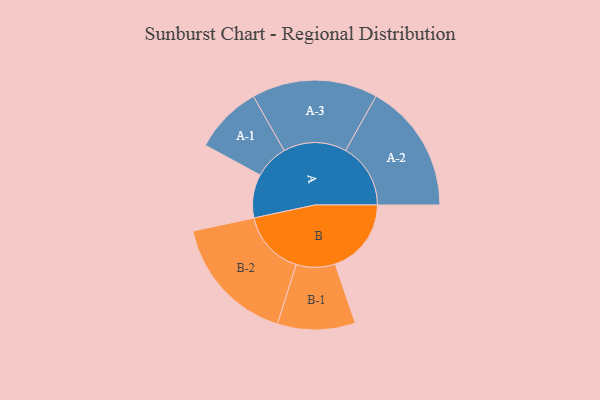
{"axis": {"x": "Segment", "y": "Value"}, "legend": ["", "A", "B"], "data": [{"x": "A", "y": 152, "type": ""}, {"x": "B", "y": 266, "type": ""}, {"x": "A-1", "y": 119, "type": "A"}, {"x": "A-2", "y": 227, "type": "A"}, {"x": "A-3", "y": 220, "type": "A"}, {"x": "B-1", "y": 136, "type": "B"}, {"x": "B-2", "y": 226, "type": "B"}]}